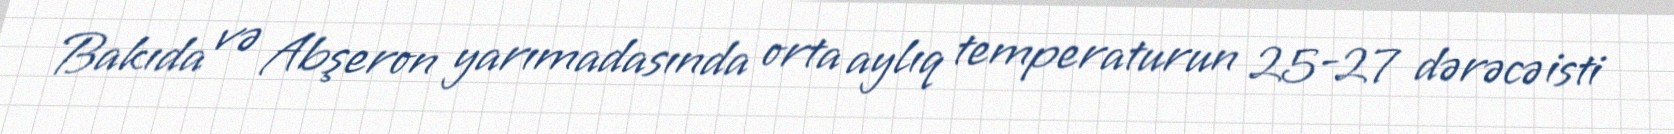
Bakıda və Abşeron yarımadasında orta aylıq temperaturun 25-27 dərəcə isti